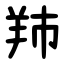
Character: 䍨